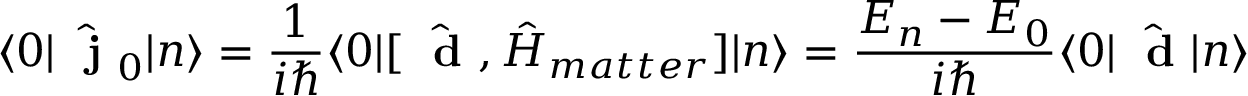
\langle 0 | \hat { \mathrm { ~ \bf ~ j ~ } } _ { 0 } | n \rangle = \frac { 1 } { i \hbar } \langle 0 | [ \hat { \mathrm { ~ \bf ~ d ~ } } , \hat { H } _ { m a t t e r } ] | n \rangle = \frac { E _ { n } - E _ { 0 } } { i \hbar } \langle 0 | \hat { \mathrm { ~ \bf ~ d ~ } } | n \rangle